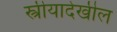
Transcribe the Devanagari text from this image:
स्त्रीयादेखील